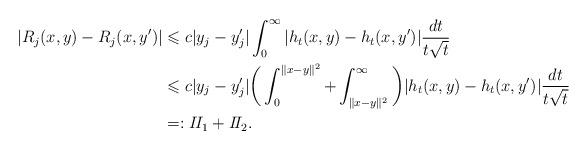
LaTeX: \begin{align*}|R_j(x,y)-R_j(x,y')|&\leqslant c |y_j-y_j'| \int_0^\infty |h_t(x,y)-h_t(x,y')|\frac{dt}{t\sqrt t} \\&\leqslant c|y_j-y_j'| \bigg(\int_0^{\|x-y\|^2} +\int_{\|x-y\|^2}^\infty\bigg)|h_t(x,y)-h_t(x,y')|\frac{dt}{t\sqrt t} \\&=: I\!I_1 +I\!I_2.\end{align*}